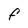
Character: F